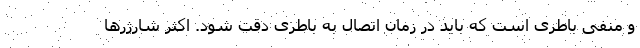
و منفی باطری است که باید در زمان اتصال به باطری دقت شود. اکثر شارژرها